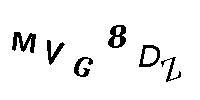
MVG8DZ